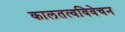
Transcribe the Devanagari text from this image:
कालतत्वविवेचन